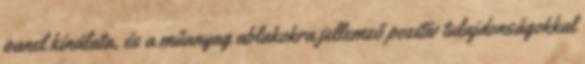
panel kínálata, és a műanyag ablakokra jellemző pozitív tulajdonságokkal